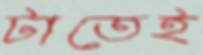
টাতেই